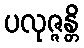
ပလုဇ္ဇန္တိ